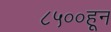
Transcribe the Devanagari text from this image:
८५००हून